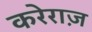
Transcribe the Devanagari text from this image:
करेराज़